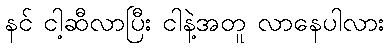
နင် ငါ့ဆီလာပြီး ငါနဲ့အတူ လာနေပါလား